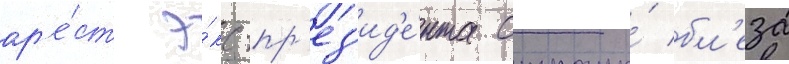
ар'е́ст э́кс-пр'ез'ид'е́нта страны́ бл'еза